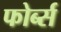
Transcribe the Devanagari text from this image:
फोर्ब्स